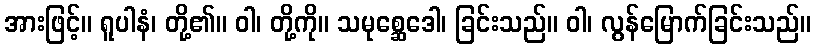
အားဖြင့်။ ရူပါနံ၊ တို့၏။ ဝါ၊ တို့ကို။ သမုစ္ဆေဒေါ၊ ခြင်းသည်။ ဝါ၊ လွန်မြောက်ခြင်းသည်။